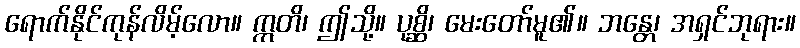
ရောက်နိုင်ကုန်လိမ့်လော။ ဣတိ၊ ဤသို့။ ပုစ္ဆိ၊ မေးတော်မူ၏။ ဘန္တေ၊ အရှင်ဘုရား။